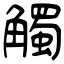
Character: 觸